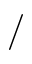
/